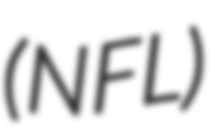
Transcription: (NFL)